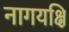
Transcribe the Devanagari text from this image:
नागयक्षि